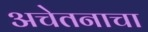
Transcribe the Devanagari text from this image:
अचेतनाचा